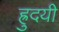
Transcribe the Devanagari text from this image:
ह्रुदयी